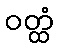
ဝတ္ထံ